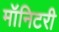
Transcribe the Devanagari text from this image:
मॉनिटरी